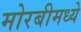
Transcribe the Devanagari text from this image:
मोरबीमध्ये